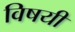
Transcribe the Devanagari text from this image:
विषयीं